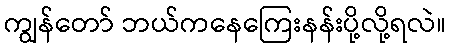
ကျွန်တော် ဘယ်ကနေကြေးနန်းပို့လို့ရလဲ။